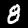
Label: 8